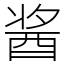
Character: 酱